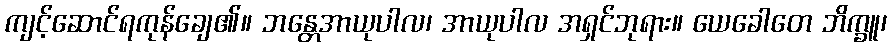
ကျင့်ဆောင်ရကုန်ချေ၏။ ဘန္တေအာယုပါလ၊ အာယုပါလ အရှင်ဘုရား။ ယေခေါတေ ဘိက္ခူ၊